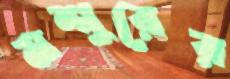
মশুরের